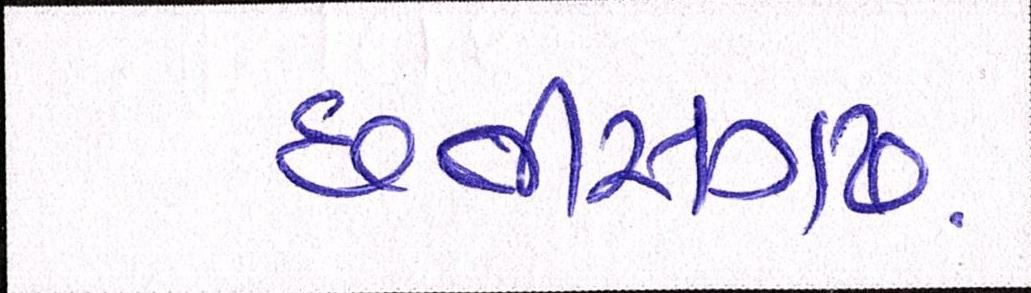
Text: છત્તીસગઢ